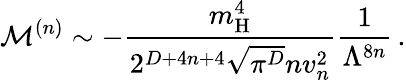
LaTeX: \mathcal{M}^{(n)}\sim-\frac{m_{\mathrm{H}}^{4}}{2^{D+4n+4}\sqrt{\pi^{D}}nv_{n}^{2}}\frac{1}{\Lambda^{8n}}\, .